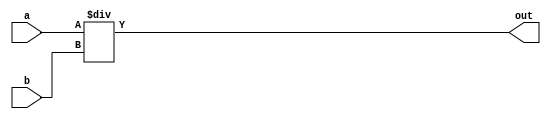
module Divider #(parameter WIDTH = 8) (
    input wire signed [WIDTH-1:0] a,
    input wire signed [WIDTH-1:0] b,
    output wire signed [WIDTH-1:0] out
);
    assign out = a / b;
endmodule